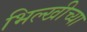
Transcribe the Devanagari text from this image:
भिल्खीच्या